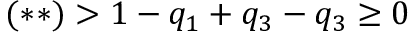
( \ast \ast ) > 1 - q _ { 1 } + q _ { 3 } - q _ { 3 } \geq 0